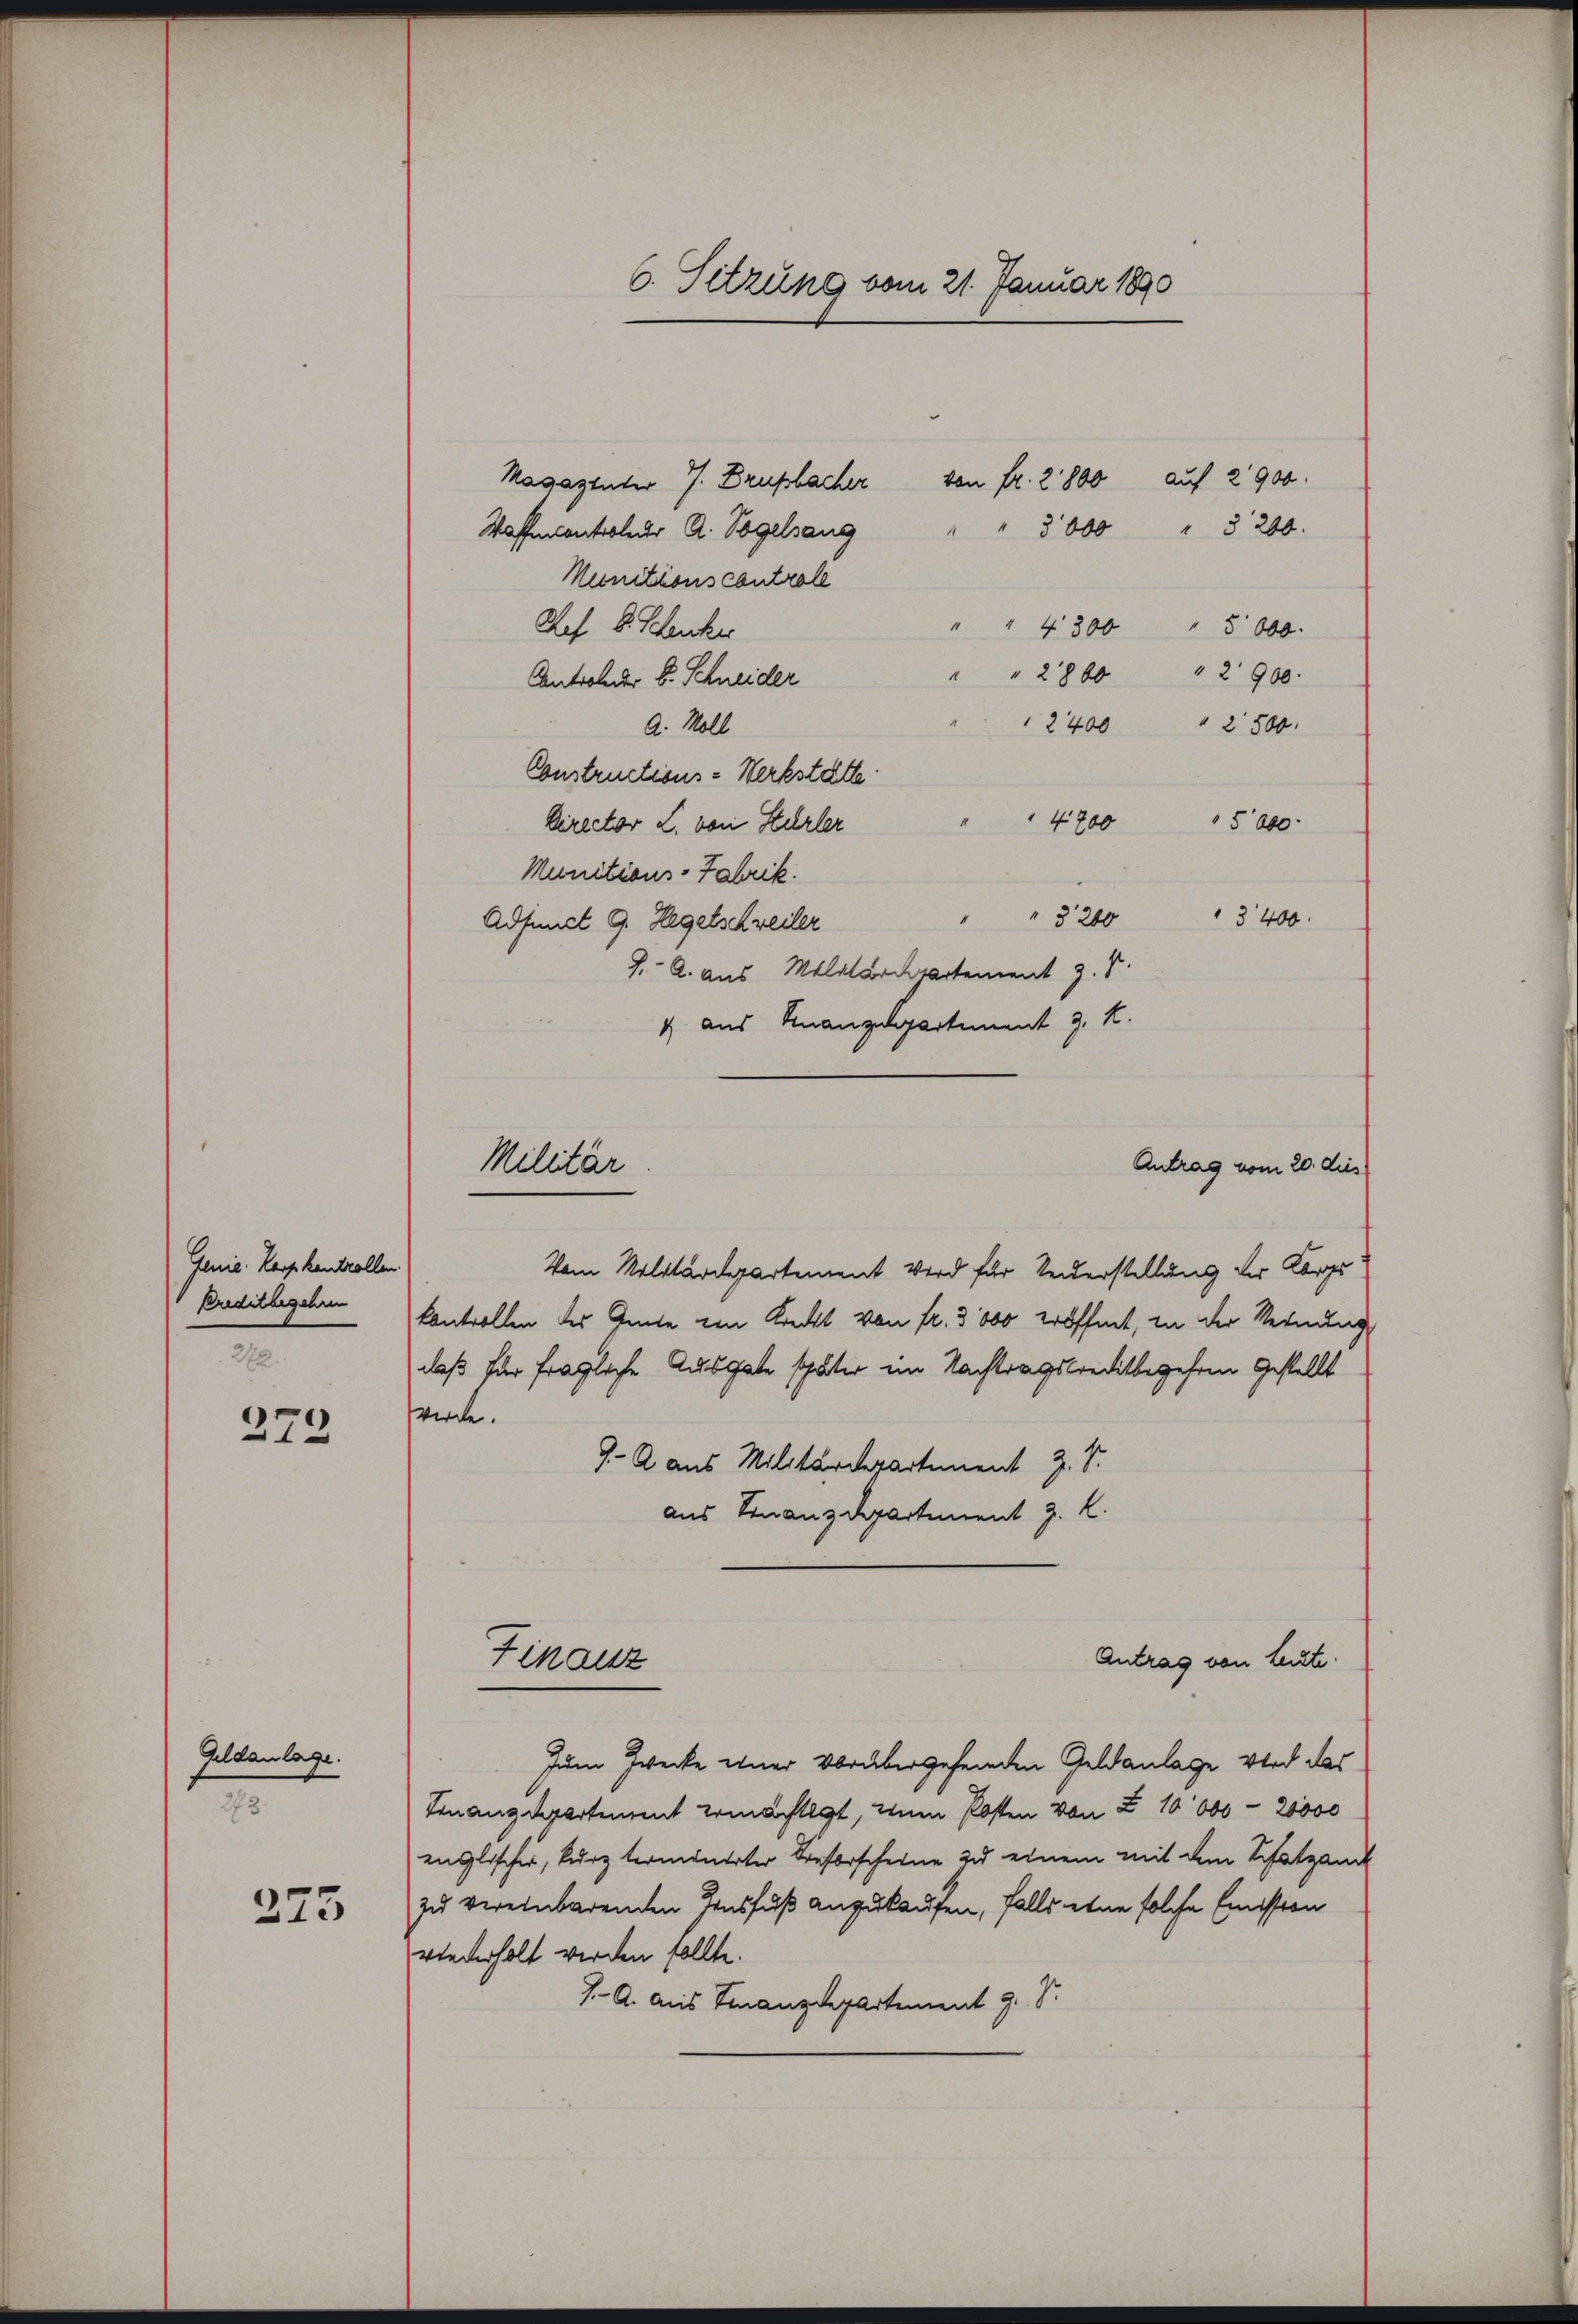
Genie Karphantrolle
Preditbegehren

272.

272

Geldanlage.
273.

273

Magazinter J. Drupbacher von fr. 2800 auf 2900.
Waffenantroler A. Vogelsang
Munitionscontrole
" " 4300 " 5000.
Ref. 8. Schenker
" " 2800 " 2900.
Antroler B. Schneider
a. Moll
Constructions-Werkstätte
" " 4700 5000.
Director L. von Stürler
Munitions-Fabrik.
3200
a
3400.
Adjunct 9. Hegetschweiler
J. A. aus Militarckpartement z. B.
1 aus Finanzdepartiment J. K.

werde.

6. Sitzung vom 21. Januar 1890

Militär

" 3000 " 3200.
" 2400 " 2500.

Vom Militärdepartement Wird für Vererstellung der Korpokontrollen des Gute von Kreckt von fr. 3000 eröffnet, in der Vernung
daß für fragliche Ausgabe später im Nachtragskreditbegehren gestellt
9.- A aus Militärdepartement z. S.
aus Finanzdepartement J. K.
Antrag von Leute.
Finanz
Zum Zwecke einer vorübergehenden Geldanlage wird das
Finanzdepartement ermächtigt, wenn Posten von Z 10000-20000
englischer, kurz termonirter Beforscheine zu einem mit dem Schatzan
zu vereinbarenden Zinsfuß anzukaufen, falls etwa solche Emission
wiederholt werden sollte.
J. A. Aus Finanzdepartement z. S.

Antrag vom 20. dies